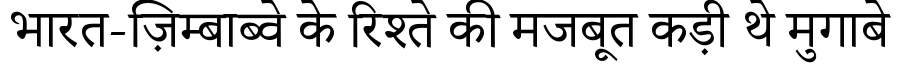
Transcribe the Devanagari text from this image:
भारत-ज़िम्बाब्वे के रिश्ते की मजबूत कड़ी थे मुगाबे